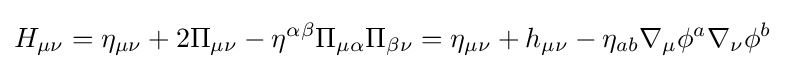
H_{\mu \nu }=\eta _{\mu \nu }+2\Pi _{\mu \nu }-\eta ^{\alpha \beta }\Pi _{\mu \alpha }\Pi _{\beta \nu }=\eta _{\mu \nu }+h_{\mu \nu }-\eta _{ab}\nabla _{\mu }\phi ^{a}\nabla _{\nu }\phi ^{b}